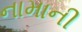
નામાની